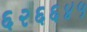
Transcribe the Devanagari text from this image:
६२६६४५